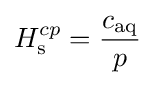
H_{\rm {s}}^{cp}={\frac {c_{\text{aq}}}{p}}